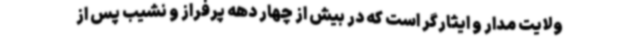
ولایت مدار و ایثارگر است که در بیش از چهار دهه پرفراز و نشیب پس از